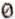
0